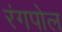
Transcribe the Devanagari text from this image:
रंगपोल